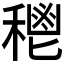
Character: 𥠴